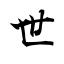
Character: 世